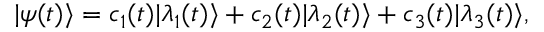
| \psi ( t ) \rangle = c _ { 1 } ( t ) | \lambda _ { 1 } ( t ) \rangle + c _ { 2 } ( t ) | \lambda _ { 2 } ( t ) \rangle + c _ { 3 } ( t ) | \lambda _ { 3 } ( t ) \rangle ,